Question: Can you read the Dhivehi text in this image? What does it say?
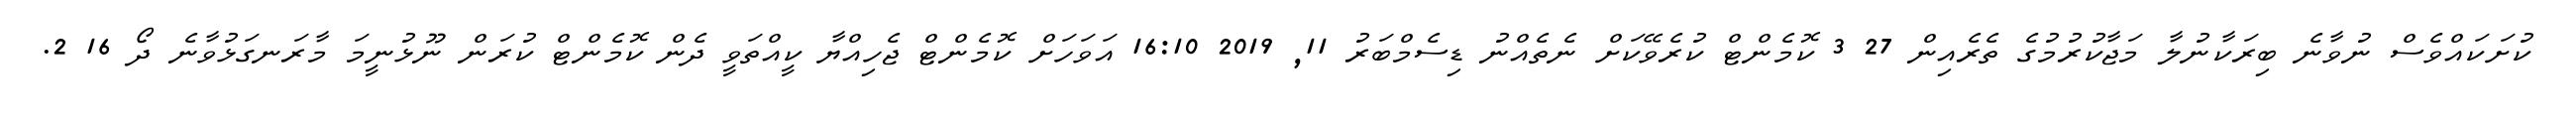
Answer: ކުށަކައްވެސް ނުވާނެ ބިރަކާނުލާ މަޖާކުރުމުގެ ތެރެއިން 27 3 ކޮމެންޓް ކުރެވޭކަށް ނެތެއްނު ޑިސެމްބަރު 11, 2019 16:10 އަވަހަށް ކޮމެންޓް ޖެހިއްޔާ ކީއްތަވީ ދެން ކޮމެންޓް ކުރަން ނޫޅުނީމަ މާރަނގަޅުވާނެ ދޯ 16 2.